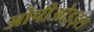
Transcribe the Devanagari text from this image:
ओपीओइड्स